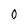
Character: 0